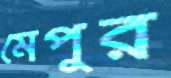
মেপুর